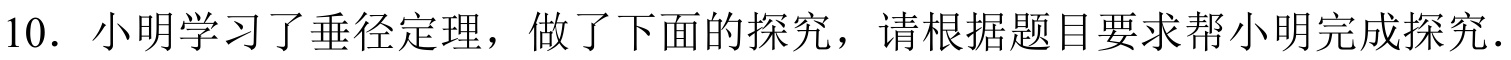
10. 小明学习了垂径定理，做了下面的探究，请根据题目要求帮小明完成探究.